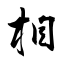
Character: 相